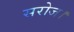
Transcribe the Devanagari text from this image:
सरोज।